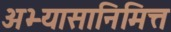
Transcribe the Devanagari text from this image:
अभ्यासानिमित्त